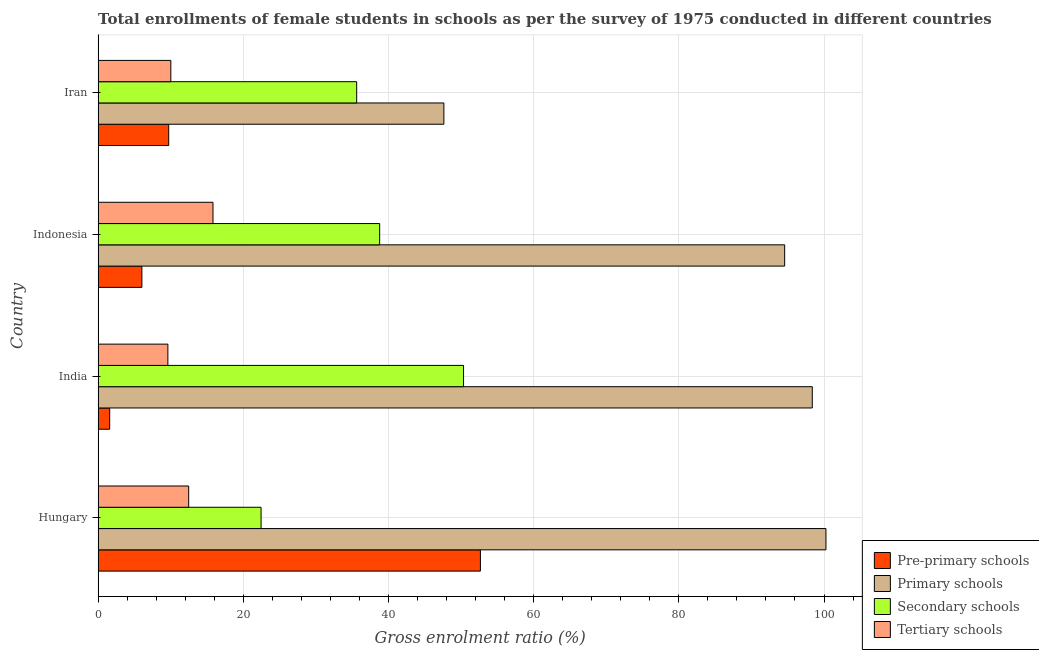
| Country | Pre-primary schools | Primary schools | Secondary schools | Tertiary schools |
 | --- | --- | --- | --- | --- |
 | Hungary | 52.7 | 100 | 22.4 | 12.5 |
 | India | 1.59 | 98.4 | 50.3 | 9.61 |
 | Indonesia | 6.03 | 94.6 | 38.8 | 15.8 |
 | Iran | 9.72 | 47.6 | 35.6 | 10 |